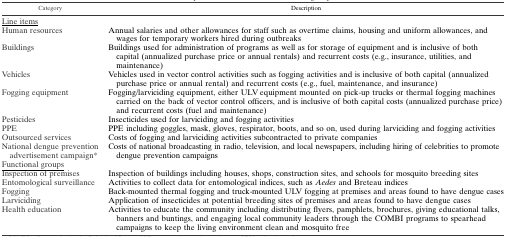
<table><thead><tr><td><b>Category</b></td><td><b>Description</b></td></tr></thead><tbody><tr><td colspan="2">Line items</td></tr><tr><td>Human resources</td><td>Annual salaries and other allowances for staff such as overtime claims, housing and uniform allowances, and wages for temporary workers hired during outbreaks</td></tr><tr><td>Buildings</td><td>Buildings used for administration of programs as well as for storage of equipment and is inclusive of both capital (annualized purchase price or annual rentals) and recurrent costs (e.g., insurance, utilities, and maintenance)</td></tr><tr><td>Vehicles</td><td>Vehicles used in vector control activities such as fogging activities and is inclusive of both capital (annualized purchase price or annual rental) and recurrent costs (e.g., fuel, maintenance, and insurance)</td></tr><tr><td>Fogging equipment</td><td>Fogging/larviciding equipment, either ULV equipment mounted on pick-up trucks or thermal fogging machines carried on the back of vector control officers, and is inclusive of both capital costs (annualized purchase price) and recurrent costs (fuel and maintenance)</td></tr><tr><td>Pesticides</td><td>Insecticides used for larviciding and fogging activities</td></tr><tr><td>PPE</td><td>PPE including goggles, mask, gloves, respirator, boots, and so on, used during larviciding and fogging activities</td></tr><tr><td>Outsourced services</td><td>Costs of fogging and larviciding activities subcontracted to private companies</td></tr><tr><td>National dengue prevention advertisement campaign*</td><td>Costs of national broadcasting in radio, television, and local newspapers, including hiring of celebrities to promote dengue prevention campaigns</td></tr><tr><td colspan="2">Functional groups</td></tr><tr><td>Inspection of premises</td><td>Inspection of buildings including houses, shops, construction sites, and schools for mosquito breeding sites</td></tr><tr><td>Entomological surveillance</td><td>Activities to collect data for entomological indices, such as <i>Aedes</i> and Breteau indices</td></tr><tr><td>Fogging</td><td>Back-mounted thermal fogging and truck-mounted ULV fogging at premises and areas found to have dengue cases</td></tr><tr><td>Larviciding</td><td>Application of insecticides at potential breeding sites of premises and areas found to have dengue cases</td></tr><tr><td>Health education</td><td>Activities to educate the community including distributing flyers, pamphlets, brochures, giving educational talks, banners and buntings, and engaging local community leaders through the COMBI programs to spearhead campaigns to keep the living environment clean and mosquito free</td></tr></tbody></table>